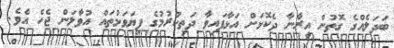
ބަދަލެއްގެ ގޮތުން އީރާނާ ދެކޮޅަށް އަޅާފައިވާ ދަތިކުރުމުގެ ފިޔަވަޅުތައް އުވާލަން ޖެހެ އެވެ.